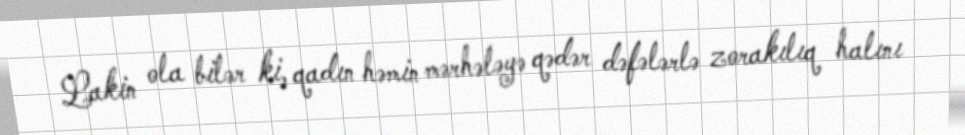
Lakin ola bilər ki, qadın həmin mərhələyə qədər dəfələrlə zorakılıq halını